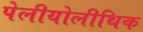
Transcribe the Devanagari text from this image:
पेलीयोलीथिक